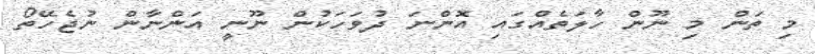
މި ތަން މި ނޫން ހާލަތެއްގައި އޮންނަ ދުވަހަކުން ނޫނީ އަންނާން ނުޖެހޭތޯ